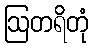
ဩတရိတုံ